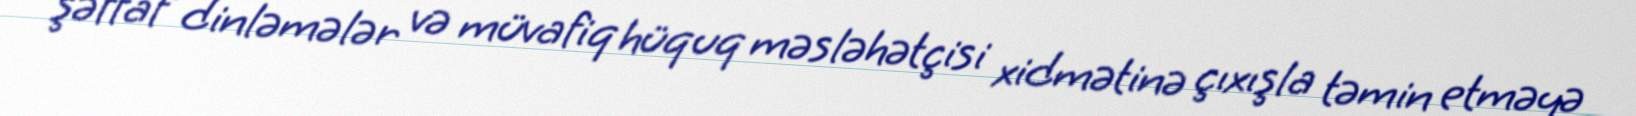
şəffaf dinləmələr və müvafiq hüquq məsləhətçisi xidmətinə çıxışla təmin etməyə